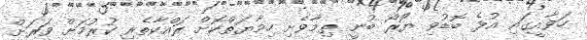
ހަވާއީގައި އުޅެ ބޮޑުވި ޔޯރޯ ބުނީ ތިމާވެށި ހިމާޔަތްކޮށް ރައްކާތެރި ކުރުމަށް ވަރަށް